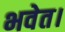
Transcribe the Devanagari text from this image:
भवेत।